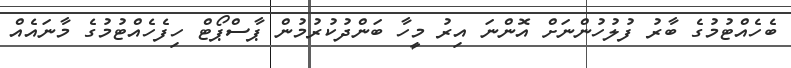
ބެހެއްޓުމުގެ ބާރު ފުލުހުންނަށް އޮންނަ އިރު މީހާ ބަންދުކުރުމުން ޕާސްޕޯޓް ހިފެހެއްޓުމުގެ މާނައެއް